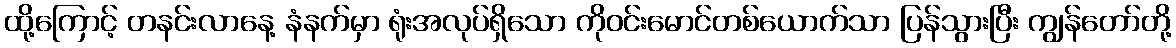
ထို့ကြောင့် တနင်းလာနေ့ နံနက်မှာ ရုံးအလုပ်ရှိသော ကိုဝင်းမောင်တစ်ယောက်သာ ပြန်သွားပြီး ကျွန်တော်တို့